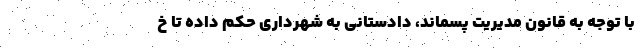
با توجه به قانون مدیریت پسماند، دادستانی به شهرداری حکم داده تا خ